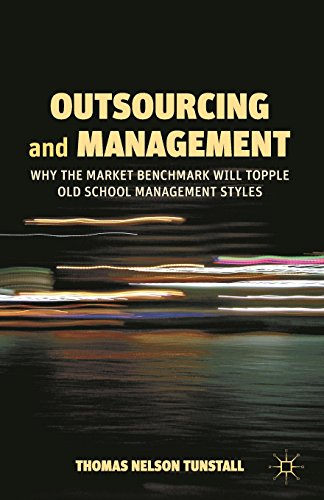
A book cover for Outsourcing and Management: Why the Market Benchmark Will Topple Old School Management Styles; Thomas Nelson Tunstall; Business & Money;